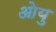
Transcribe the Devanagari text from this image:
ओयु